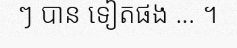
ៗ បាន ទៀតផង ... ។